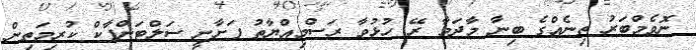
ނޮވެމްބަރު ތިނެއްގެ ބިނާ މާދަމާ ރޭ ހުޅުވާ ރަސްމިއްޔާތު ފަށާނީ ސަލްޓަންޕާކް ކުރިމަތިން